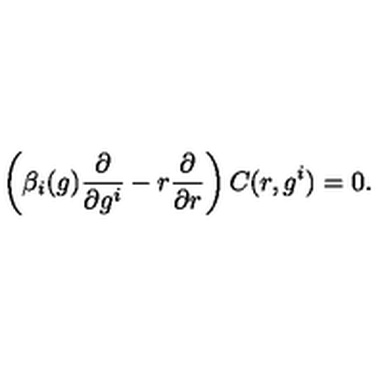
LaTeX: \left( \beta _ { i } ( g ) \frac { \partial } { \partial g ^ { i } } - r \frac { \partial } { \partial r } \right) C ( r , g ^ { i } ) = 0 .